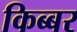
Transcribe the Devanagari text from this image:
किब्‍बर